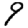
Digit: 9